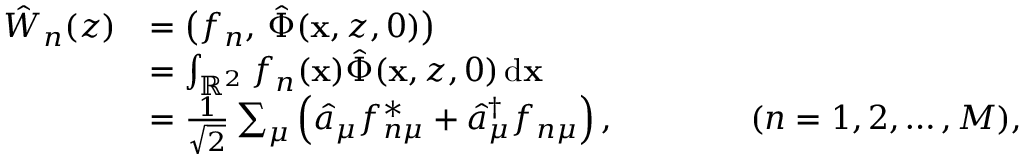
\begin{array} { r l } { \hat { W } _ { n } ( z ) } & { = \bigl ( f _ { n } , \, \hat { \Phi } ( \mathbf { x } , z , 0 ) \bigr ) } \\ & { = \int _ { \mathbb { R } ^ { 2 } } f _ { n } ( \mathbf { x } ) \hat { \Phi } ( \mathbf { x } , z , 0 ) \, \mathrm { d } \mathbf { x } } \\ & { = \frac { 1 } { \sqrt { 2 } } \sum _ { \mu } \left( \hat { a } _ { \mu } f _ { n \mu } ^ { * } + \hat { a } _ { \mu } ^ { \dagger } f _ { n \mu } \right) , \qquad \qquad ( n = 1 , 2 , \ldots , M ) , } \end{array}